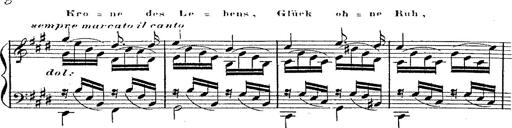
Title: 12 Lieder von Franz Schubert
Composer: Franz Liszt